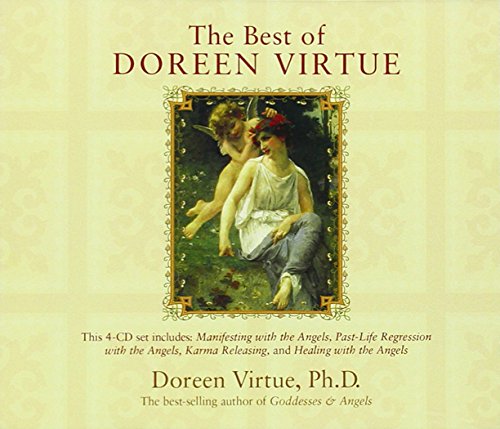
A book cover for The Best of Doreen Virtue 4-CD; Doreen Virtue; Religion & Spirituality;